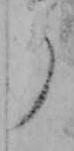
ら